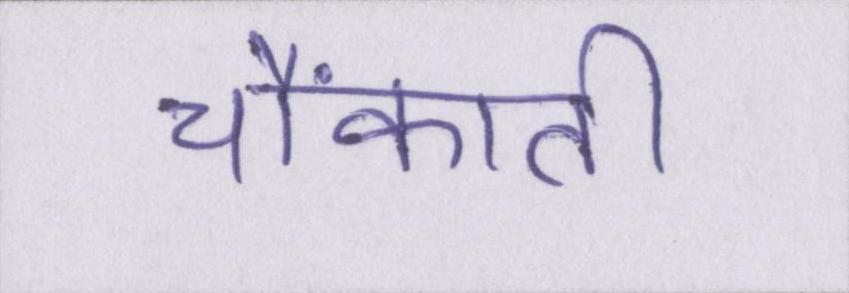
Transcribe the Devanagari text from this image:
चौंकाती